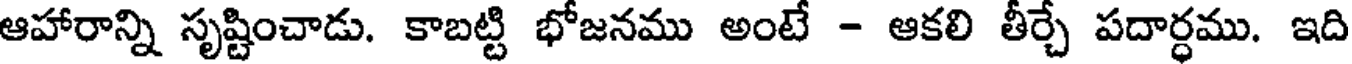
ఆహారాన్ని సృష్టించాడు. కాబట్టి భోజనము అంటే - ఆకలి తీర్చే పదార్ధము. ఇది